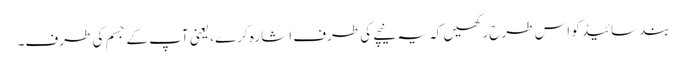
بند سائیڈ کو اس طرح رکھیں کہ یہ نیچے کی طرف اشارہ کرے ، یعنی آپ کے جسم کی طرف۔